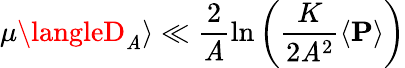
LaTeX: \mu\langleD_{\mathit{A}}\rangle\ll\frac{{2}}{{\mathit{A}}}\ln\left(\frac{{K}}{{2\mathit{A}^{2}}}\left<\mathbf{{P}}\right>\right)